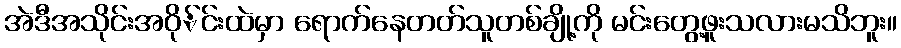
အဲဒီအသိုင်းအဝို်င်းထဲမှာ ရောက်နေတတ်သူတစ်ချို့ကို မင်းတွေ့ဖူးသလားမသိဘူး။